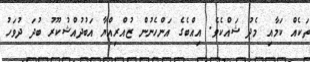
ތަކެއް ކަމާއި މެދު ޝައްކެވެ. އިއްބެގެ އަންހެނުން ޒުއްރިއްޔާ އަބުދުއްޝުކޫރު ބުދަ ދުވަހު